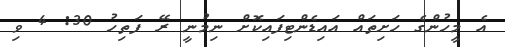
އެ މީހުންގެ ހަށިތައް އައިޑެންޓިފައިކޮށް ނިމުނީ ރޭ ފަތިހު 30: 4 ވި